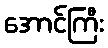
အောင်ကြီး